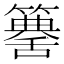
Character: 𥵶